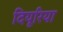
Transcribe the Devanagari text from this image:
दियूरिया